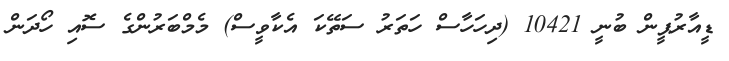
ޑީއާރުޕީން ބުނީ 10421 (ދިހަހާސް ހަތަރު ސަތޭކަ އެކާވީސް) މެމްބަރުންގެ ސޮއި ހޯދަން